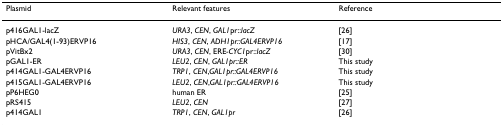
| Plasmid | Relevant features | Reference |
 | --- | --- | --- |
 | p416GAL1-lacZ | URA3, CEN, GAL1pr::lacZ | [26] |
 | pHCA/GAL4(1-93)ERVP16 | HIS3, CEN, ADH1pr::GAL4ERVP16 | [17] |
 | pVitBx2 | URA3, CEN, ERE-CYC1pr::lacZ | [30] |
 | pGAL1-ER | LEU2, CEN, GAL1pr::ER | This study |
 | p414GAL1-GAL4ERVP16 | TRP1, CEN,GAL1pr::GAL4ERVP16 | This study |
 | p415GAL1-GAL4ERVP16 | LEU2, CEN,GAL1pr::GAL4ERVP16 | This study |
 | pP6HEG0 | human ER | [25] |
 | pRS415 | LEU2, CEN | [27] |
 | p414GAL1 | TRP1, CEN, GAL1pr | [26] |